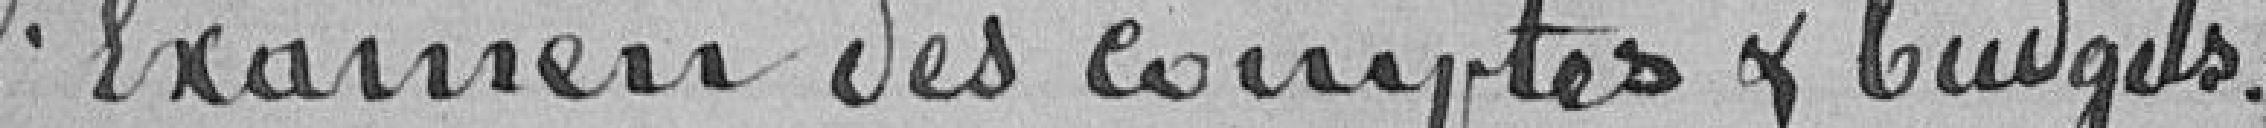
l'examen des comptes & budgets.